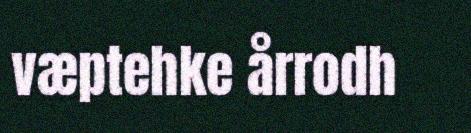
væptehke årrodh